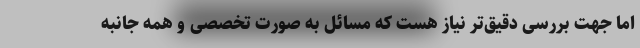
اما جهت بررسی دقیق‌تر نیاز هست که مسائل به صورت تخصصی و همه جانبه